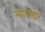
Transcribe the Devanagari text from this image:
न्यायाचार